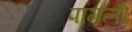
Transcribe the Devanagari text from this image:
पागली